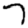
Digit: 7